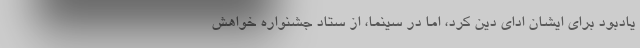
یادبود برای ایشان ادای دین کرد، اما در سینما، از ستاد جشنواره خواهش